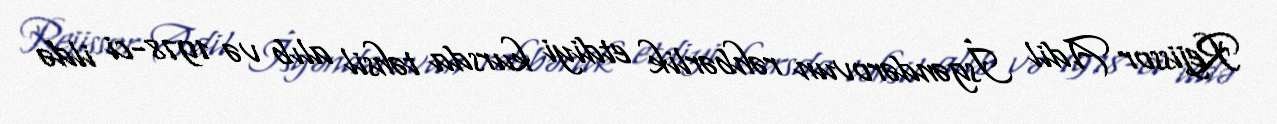
Rejissor Adil İsgəndərovun rəhbərlik etdiyi kursda təhsil alıb və 1978-ci ildə